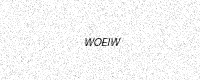
Text: WOEIW